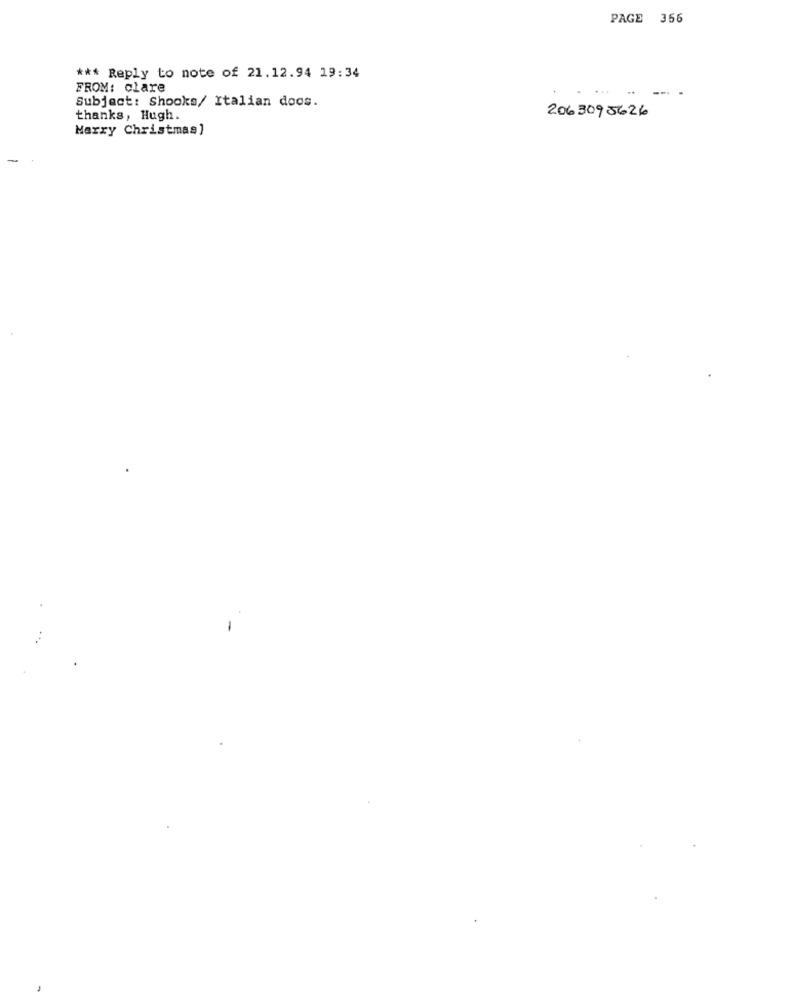
PAGE 356
*** Reply to note of 21.12.94 19:34
FROM: clare
Subject: Shooks/ Italian doos.
2063095626
thanks, Hugh.
Merry Christmas]